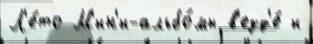
Л'е́то М'ин'и-альбо́мы в'езд'е́ и